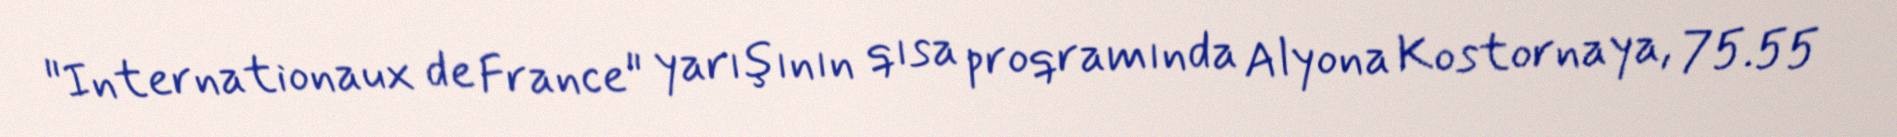
"Internationaux de France" yarışının qısa proqramında Alyona Kostornaya, 75.55